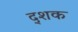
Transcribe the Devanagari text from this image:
द्शक